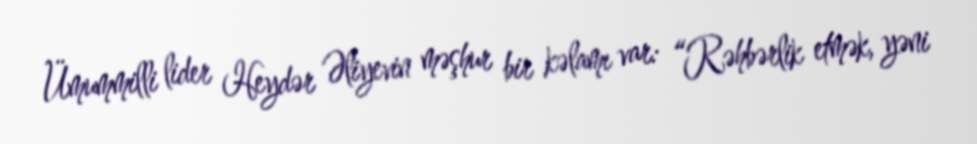
Ümummilli lider Heydər Əliyevin məşhur bir kəlamı var: “Rəhbərlik etmək, yəni